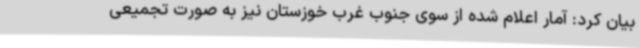
بیان کرد: آمار اعلام شده از سوی جنوب غرب خوزستان نیز به صورت تجمیعی